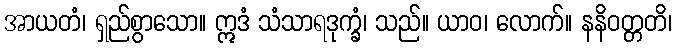
အာယတံ၊ ရှည်စွာသော။ ဣဒံ သံသာရဒုက္ခံ၊ သည်။ ယာဝ၊ လောက်။ နနိဝတ္တတိ၊